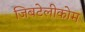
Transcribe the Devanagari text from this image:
जिबटेलीकोम